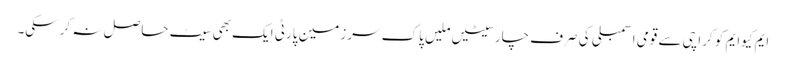
ایم کیوایم کو کراچی سے قومی اسمبلی کی صرف چارسیٹیں ملیں پاک سرزمین پارٹی ایک بھی سیٹ حاصل نہ کرسکی۔